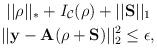
LaTeX: \begin{align*}&\ \ ||\rho||_*+ I_{\mathcal{C}}(\rho) + ||\mathbf{S}||_1 \ \\ & \ ||\mathbf{y} - \mathbf{A} (\rho+\mathbf{S}) ||_2^2 \leq \epsilon,\end{align*}